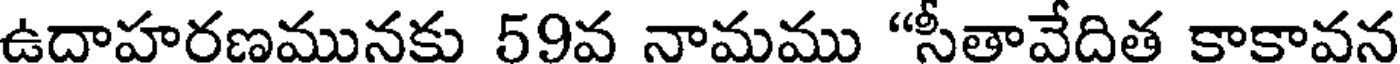
ఉదాహరణమునకు 59వ నామము "సీతావేదిత కాకావన